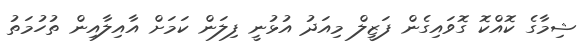
ޝިމާގެ ކޮއްކޮ ގޮވައިގެން ފަޒީލް މިއަދު އުޅުނީ ފިލަން ކަމަށް އާއިލާއިން ތުހުމަތު